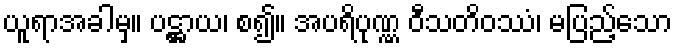
ယူရာအခါမှ။ ပဋ္ဌာယ၊ စ၍။ အပရိပုဏ္ဏ ဝီသတိဝဿံ၊ မပြည့်သော